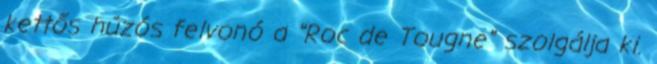
kettős húzós felvonó a "Roc de Tougne" szolgálja ki.